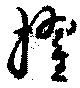
擢